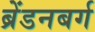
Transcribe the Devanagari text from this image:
ब्रेंडनबर्ग